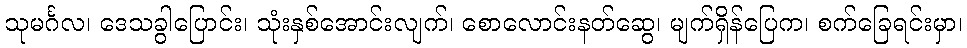
သုမင်္ဂလ၊ ဒေသခွါပြောင်း၊ သုံးနှစ်အောင်းလျက်၊ စောလောင်းနတ်ဆွေ၊ မျက်ရှိန်ပြေက၊ စက်ခြေရင်းမှာ၊